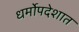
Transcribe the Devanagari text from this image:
धर्मोपदेशात